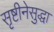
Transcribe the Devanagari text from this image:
सृष्टीनेसुद्धा